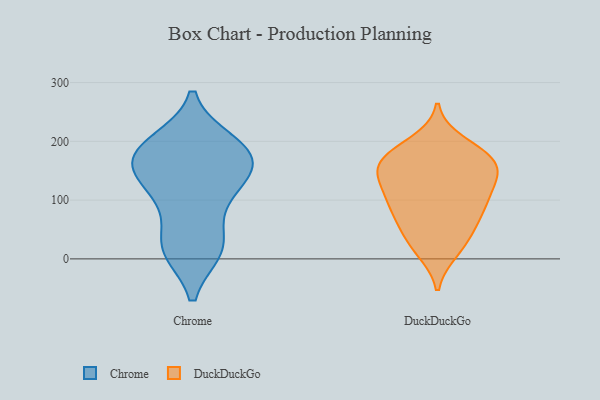
{"axis": {"x": "Website Visitors", "y": "Value"}, "legend": ["Chrome", "DuckDuckGo"], "data": [{"x": "", "y": 153, "type": "Chrome"}, {"x": "", "y": 15, "type": "Chrome"}, {"x": "", "y": 173, "type": "Chrome"}, {"x": "", "y": 199, "type": "Chrome"}, {"x": "", "y": 199, "type": "Chrome"}, {"x": "", "y": 17, "type": "Chrome"}, {"x": "", "y": 125, "type": "Chrome"}, {"x": "", "y": 168, "type": "Chrome"}, {"x": "", "y": 164, "type": "Chrome"}, {"x": "", "y": 15, "type": "Chrome"}, {"x": "", "y": 189, "type": "Chrome"}, {"x": "", "y": 105, "type": "Chrome"}, {"x": "", "y": 154, "type": "Chrome"}, {"x": "", "y": 32, "type": "Chrome"}, {"x": "", "y": 100, "type": "Chrome"}, {"x": "", "y": 90, "type": "DuckDuckGo"}, {"x": "", "y": 91, "type": "DuckDuckGo"}, {"x": "", "y": 178, "type": "DuckDuckGo"}, {"x": "", "y": 137, "type": "DuckDuckGo"}, {"x": "", "y": 123, "type": "DuckDuckGo"}, {"x": "", "y": 74, "type": "DuckDuckGo"}, {"x": "", "y": 107, "type": "DuckDuckGo"}, {"x": "", "y": 181, "type": "DuckDuckGo"}, {"x": "", "y": 17, "type": "DuckDuckGo"}, {"x": "", "y": 173, "type": "DuckDuckGo"}, {"x": "", "y": 47, "type": "DuckDuckGo"}, {"x": "", "y": 13, "type": "DuckDuckGo"}, {"x": "", "y": 166, "type": "DuckDuckGo"}, {"x": "", "y": 154, "type": "DuckDuckGo"}, {"x": "", "y": 198, "type": "DuckDuckGo"}, {"x": "", "y": 76, "type": "DuckDuckGo"}, {"x": "", "y": 155, "type": "DuckDuckGo"}, {"x": "", "y": 150, "type": "DuckDuckGo"}, {"x": "", "y": 123, "type": "DuckDuckGo"}, {"x": "", "y": 41, "type": "DuckDuckGo"}]}